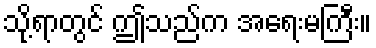
သို့ရာတွင် ဤသည်က အရေးမကြီး။